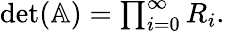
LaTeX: \begin{array}{r}{\textrm{det}(\mathbb{A})=\prod_{i=0}^{\infty}R_{i}.}\end{array}